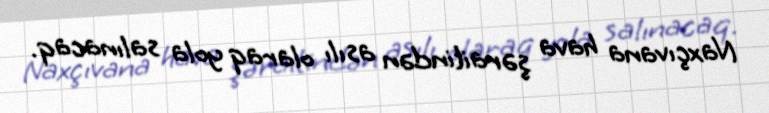
Naxçıvana hava şəraitindən asılı olaraq yola salınacaq.